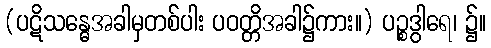
(ပဋိသန္ဓေအခါမှတစ်ပါး ပဝတ္တိအခါ၌ကား။) ပဉ္စဒွါရေ၊ ၌။